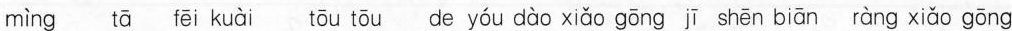
mìng tā ēi kuài tōu tōu de yóu dào xiǎo gōng jī shēn biān ràng xiǎo gōng